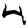
Digit: 4